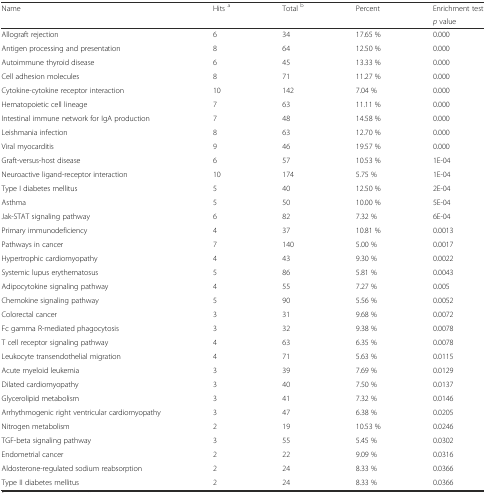
<table><thead><tr><td rowspan="2"><b>Name</b></td><td rowspan="2"><b>Hits <sup>a</sup></b></td><td rowspan="2"><b>Total <sup>b</sup></b></td><td rowspan="2"><b>Percent</b></td><td><b>Enrichment test</b></td></tr><tr><td><b><i>p</i> value</b></td></tr></thead><tbody><tr><td>Allograft rejection</td><td>6</td><td>34</td><td>17.65 %</td><td>0.000</td></tr><tr><td>Antigen processing and presentation</td><td>8</td><td>64</td><td>12.50 %</td><td>0.000</td></tr><tr><td>Autoimmune thyroid disease</td><td>6</td><td>45</td><td>13.33 %</td><td>0.000</td></tr><tr><td>Cell adhesion molecules</td><td>8</td><td>71</td><td>11.27 %</td><td>0.000</td></tr><tr><td>Cytokine-cytokine receptor interaction</td><td>10</td><td>142</td><td>7.04 %</td><td>0.000</td></tr><tr><td>Hematopoietic cell lineage</td><td>7</td><td>63</td><td>11.11 %</td><td>0.000</td></tr><tr><td>Intestinal immune network for IgA production</td><td>7</td><td>48</td><td>14.58 %</td><td>0.000</td></tr><tr><td>Leishmania infection</td><td>8</td><td>63</td><td>12.70 %</td><td>0.000</td></tr><tr><td>Viral myocarditis</td><td>9</td><td>46</td><td>19.57 %</td><td>0.000</td></tr><tr><td>Graft-versus-host disease</td><td>6</td><td>57</td><td>10.53 %</td><td>1E-04</td></tr><tr><td>Neuroactive ligand-receptor interaction</td><td>10</td><td>174</td><td>5.75 %</td><td>1E-04</td></tr><tr><td>Type I diabetes mellitus</td><td>5</td><td>40</td><td>12.50 %</td><td>2E-04</td></tr><tr><td>Asthma</td><td>5</td><td>50</td><td>10.00 %</td><td>5E-04</td></tr><tr><td>Jak-STAT signaling pathway</td><td>6</td><td>82</td><td>7.32 %</td><td>6E-04</td></tr><tr><td>Primary immunodeficiency</td><td>4</td><td>37</td><td>10.81 %</td><td>0.0013</td></tr><tr><td>Pathways in cancer</td><td>7</td><td>140</td><td>5.00 %</td><td>0.0017</td></tr><tr><td>Hypertrophic cardiomyopathy</td><td>4</td><td>43</td><td>9.30 %</td><td>0.0022</td></tr><tr><td>Systemic lupus erythematosus</td><td>5</td><td>86</td><td>5.81 %</td><td>0.0043</td></tr><tr><td>Adipocytokine signaling pathway</td><td>4</td><td>55</td><td>7.27 %</td><td>0.005</td></tr><tr><td>Chemokine signaling pathway</td><td>5</td><td>90</td><td>5.56 %</td><td>0.0052</td></tr><tr><td>Colorectal cancer</td><td>3</td><td>31</td><td>9.68 %</td><td>0.0072</td></tr><tr><td>Fc gamma R-mediated phagocytosis</td><td>3</td><td>32</td><td>9.38 %</td><td>0.0078</td></tr><tr><td>T cell receptor signaling pathway</td><td>4</td><td>63</td><td>6.35 %</td><td>0.0078</td></tr><tr><td>Leukocyte transendothelial migration</td><td>4</td><td>71</td><td>5.63 %</td><td>0.0115</td></tr><tr><td>Acute myeloid leukemia</td><td>3</td><td>39</td><td>7.69 %</td><td>0.0129</td></tr><tr><td>Dilated cardiomyopathy</td><td>3</td><td>40</td><td>7.50 %</td><td>0.0137</td></tr><tr><td>Glycerolipid metabolism</td><td>3</td><td>41</td><td>7.32 %</td><td>0.0146</td></tr><tr><td>Arrhythmogenic right ventricular cardiomyopathy</td><td>3</td><td>47</td><td>6.38 %</td><td>0.0205</td></tr><tr><td>Nitrogen metabolism</td><td>2</td><td>19</td><td>10.53 %</td><td>0.0246</td></tr><tr><td>TGF-beta signaling pathway</td><td>3</td><td>55</td><td>5.45 %</td><td>0.0302</td></tr><tr><td>Endometrial cancer</td><td>2</td><td>22</td><td>9.09 %</td><td>0.0316</td></tr><tr><td>Aldosterone-regulated sodium reabsorption</td><td>2</td><td>24</td><td>8.33 %</td><td>0.0366</td></tr><tr><td>Type II diabetes mellitus</td><td>2</td><td>24</td><td>8.33 %</td><td>0.0366</td></tr></tbody></table>